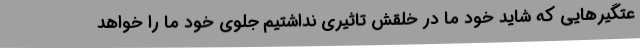
عتگیرهایی که شاید خود ما در خلقش تاثیری نداشتیم جلوی خود ما را خواهد